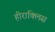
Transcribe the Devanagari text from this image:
हीराक्लिस